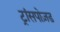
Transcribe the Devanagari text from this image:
ट्रांसपोज़ड